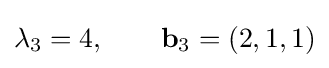
\lambda _{3}=4,\qquad \mathbf {b} _{3}=\left(2,1,1\right)